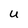
Character: U